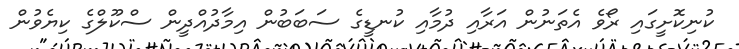
ކުނިކޮށީގައި ރޯވެ އެތަނުން އަރާއި ދުމާއި ކުނޑީގެ ސަބަބުން އިމާދުއްދީން ސްކޫލްގެ ކިޔެވުން